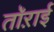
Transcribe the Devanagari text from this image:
तॉऱाई